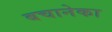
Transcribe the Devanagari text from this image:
बचानेका